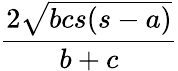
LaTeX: \frac{2{\sqrt{bcs(s-a)}}}{b+c}